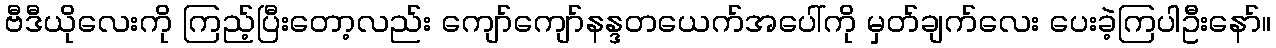
ဗီဒီယိုလေးကို ကြည့်ပြီးတော့လည်း ကျော်ကျော်နန္ဒတယေက်အပေါ်ကို မှတ်ချက်လေး ပေးခဲ့ကြပါဦးနော်။